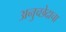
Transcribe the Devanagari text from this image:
अनुच्छेदाचा